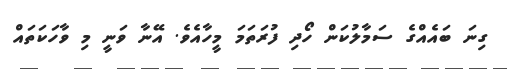
ގިނަ ބައެއްގެ ސަމާލުކަން ހޯދި ފުރަތަމަ މީހާއެވެ. އޭނާ ވަނީ މި ވާހަކަތައް